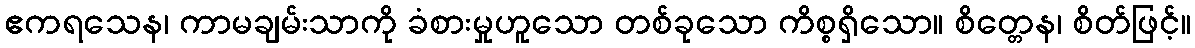
ဧကရသေန၊ ကာမချမ်းသာကို ခံစားမှုဟူသော တစ်ခုသော ကိစ္စရှိသော။ စိတ္တေန၊ စိတ်ဖြင့်။